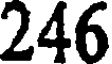
246